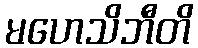
မဟေသိဘီတိ